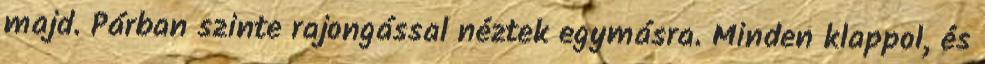
majd. Párban szinte rajongással néztek egymásra. Minden klappol, és